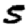
Digit: 5